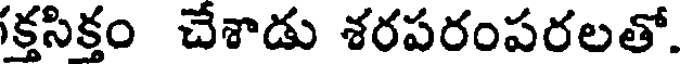
క్తసిక్తం చేశాడు శరపరంపరలతో.